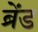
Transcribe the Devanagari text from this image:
ब्रेंड